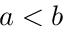
a < b